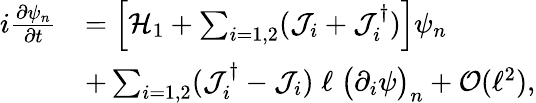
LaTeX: \begin{array}{r}{\begin{array}{rl}{i\frac{\partial\psi_{n}}{\partial t}}&{=\left[\mathcal{H}_{1}+\sum_{i=1,2}(\mathcal{J}_{i}+\mathcal{J}_{i}^{\dagger})\right]\psi_{n}}\\ &{+\sum_{i=1,2}(\mathcal{J}_{i}^{\dagger}-\mathcal{J}_{i})\; \ell\; \big(\partial_{i}\psi\big)_{n}+\mathcal{O}(\ell^{2}),}\end{array}}\end{array}